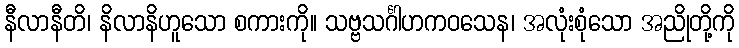
နီလာနီတိ၊ နိလာနိဟူသော စကားကို။ သဗ္ဗသင်္ဂါဟကဝသေန၊ အလုံးစုံသော အညိုတို့ကို